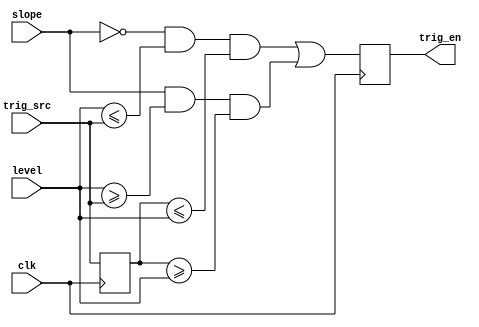
module trigger(input clk,input [7:0] level, trig_src, input slope,output reg trig_en);

reg [7:0] last;

always @(posedge clk)begin
	last <= trig_src;
	trig_en <= (~slope && level <= trig_src && last <= level) || (slope && level >= trig_src && last >= level);
end

endmodule